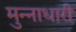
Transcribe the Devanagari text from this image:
मुन्नाधारी